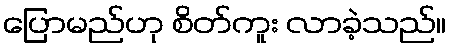
ပြောမည်ဟု စိတ်ကူး လာခဲ့သည်။